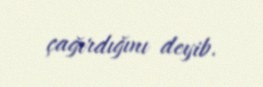
çağırdığını deyib.